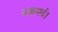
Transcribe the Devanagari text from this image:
चक्रमर्द।